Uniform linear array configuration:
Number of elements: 12
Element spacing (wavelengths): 0.75
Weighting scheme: hann
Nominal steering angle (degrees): -15
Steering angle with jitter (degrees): -16.052
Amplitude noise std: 0.05
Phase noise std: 0.05

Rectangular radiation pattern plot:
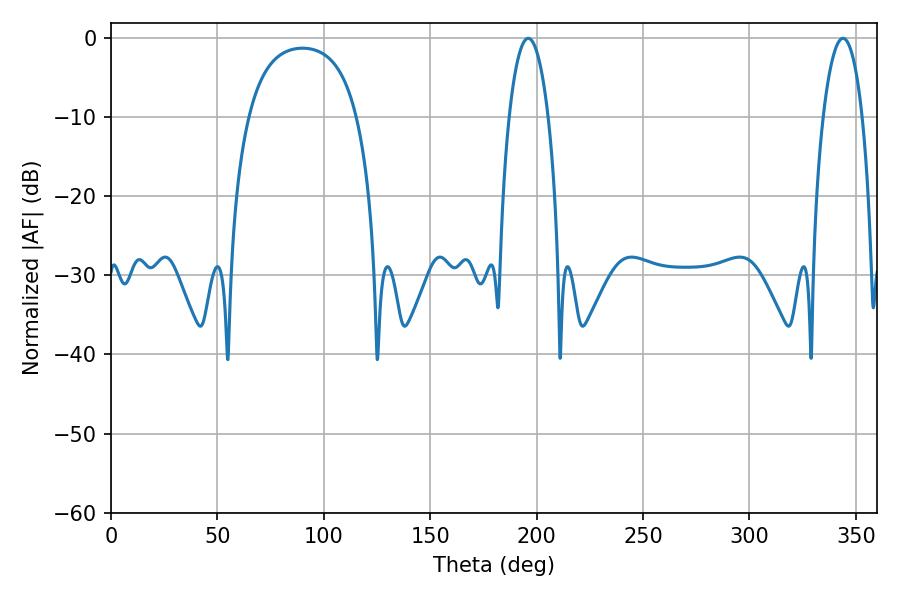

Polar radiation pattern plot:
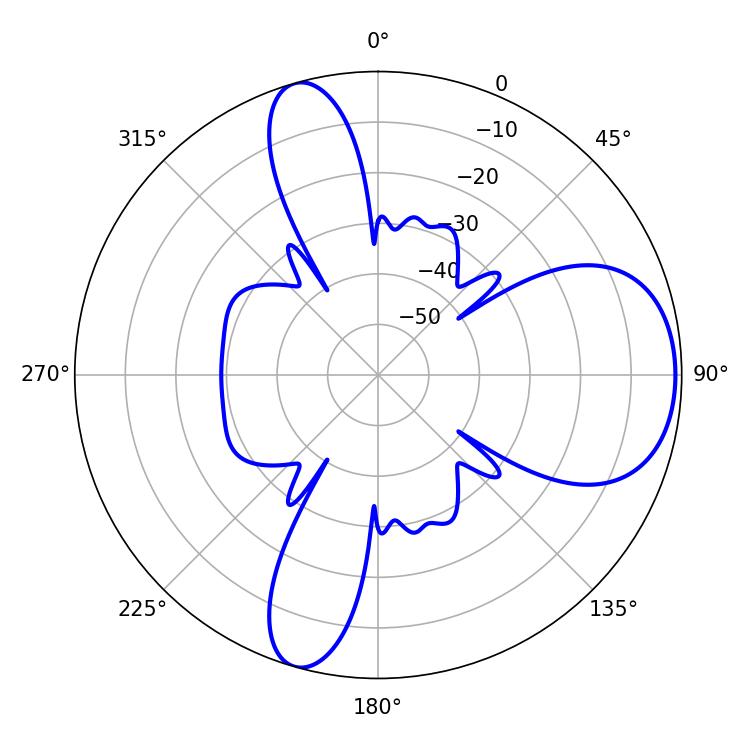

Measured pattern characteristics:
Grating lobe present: TRUE
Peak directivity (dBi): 7.749
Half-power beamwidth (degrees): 10.26
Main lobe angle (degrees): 196.02